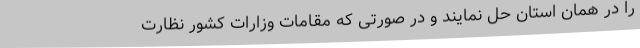
را در همان استان حل نمایند و در صورتی که مقامات وزارات کشور نظارت